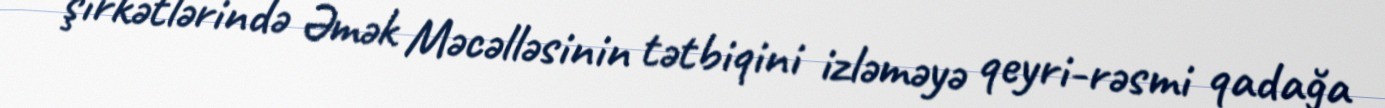
şirkətlərində Əmək Məcəlləsinin tətbiqini izləməyə qeyri-rəsmi qadağa